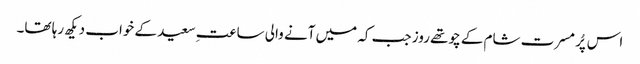
اس پُر مسرت شام کے چوتھے روز جب کہ میں آنے والی ساعتِ سعید کے خواب دیکھ رہا تھا۔